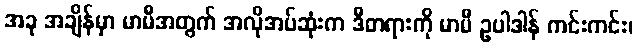
အခု အချိန်မှာ မာမီအတွက် အလိုအပ်ဆုံးက ဒီတရားကို မာမီ ဥပါဒါန် ကင်းကင်း၊